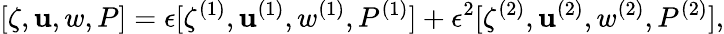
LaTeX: [\zeta,\mathbf{u},w,P]=\epsilon[\zeta^{(1)},\mathbf{u}^{(1)},w^{(1)},P^{(1)}]+\epsilon^{2}[\zeta^{(2)},\mathbf{u}^{(2)},w^{(2)},P^{(2)}],